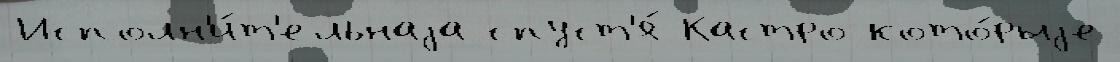
Исполн'и́т'ельнаjа спуст'я́ Кастро кото́рыjе